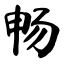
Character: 畅